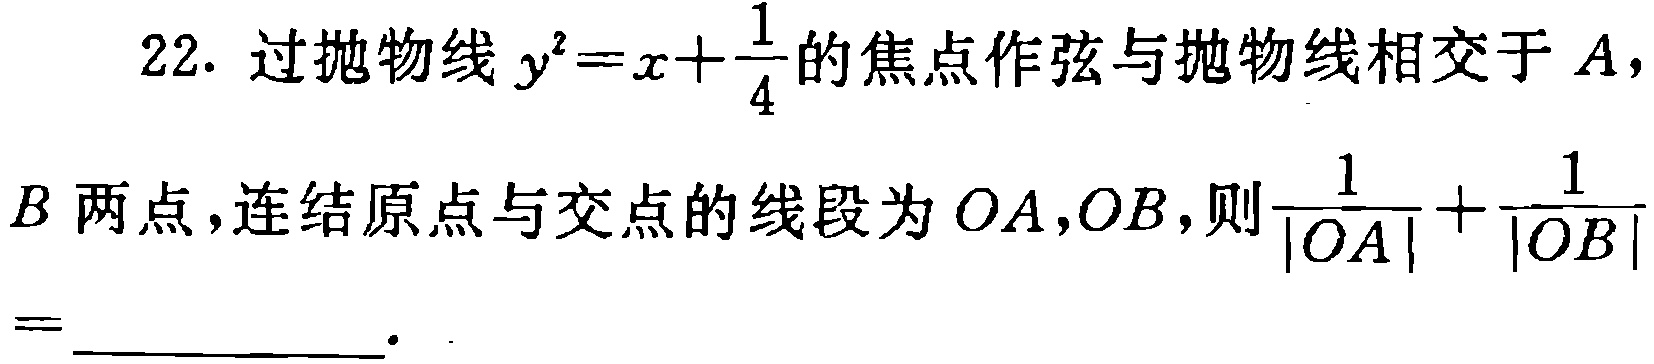
22. 过抛物线\(y^{2}=x + \frac{1}{4}\)的焦点作弦与抛物线相交于\(A\)，\(B\)两点，连结原点与交点的线段为\(OA,OB\)，则\(\frac{1}{|OA|}+\frac{1}{|OB|}=\)  ．